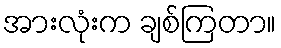
အားလုံးက ချစ်ကြတာ။